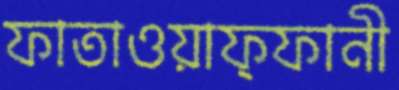
ফাতাওয়াফ্ফানী